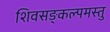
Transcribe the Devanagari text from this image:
शिवसङ्कल्पमस्तु